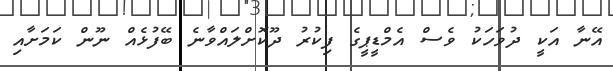
އޭނާ އަކީ ދުވަހަކު ވެސް އެމްޑީޕީގެ ފިކުރު ދޫކޮށްލައްވާނެ ބޭފުޅެއް ނޫން ކަމަށާއި